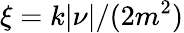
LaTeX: \xi=k|\nu|/(2m^{2})